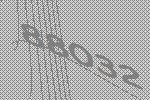
88032